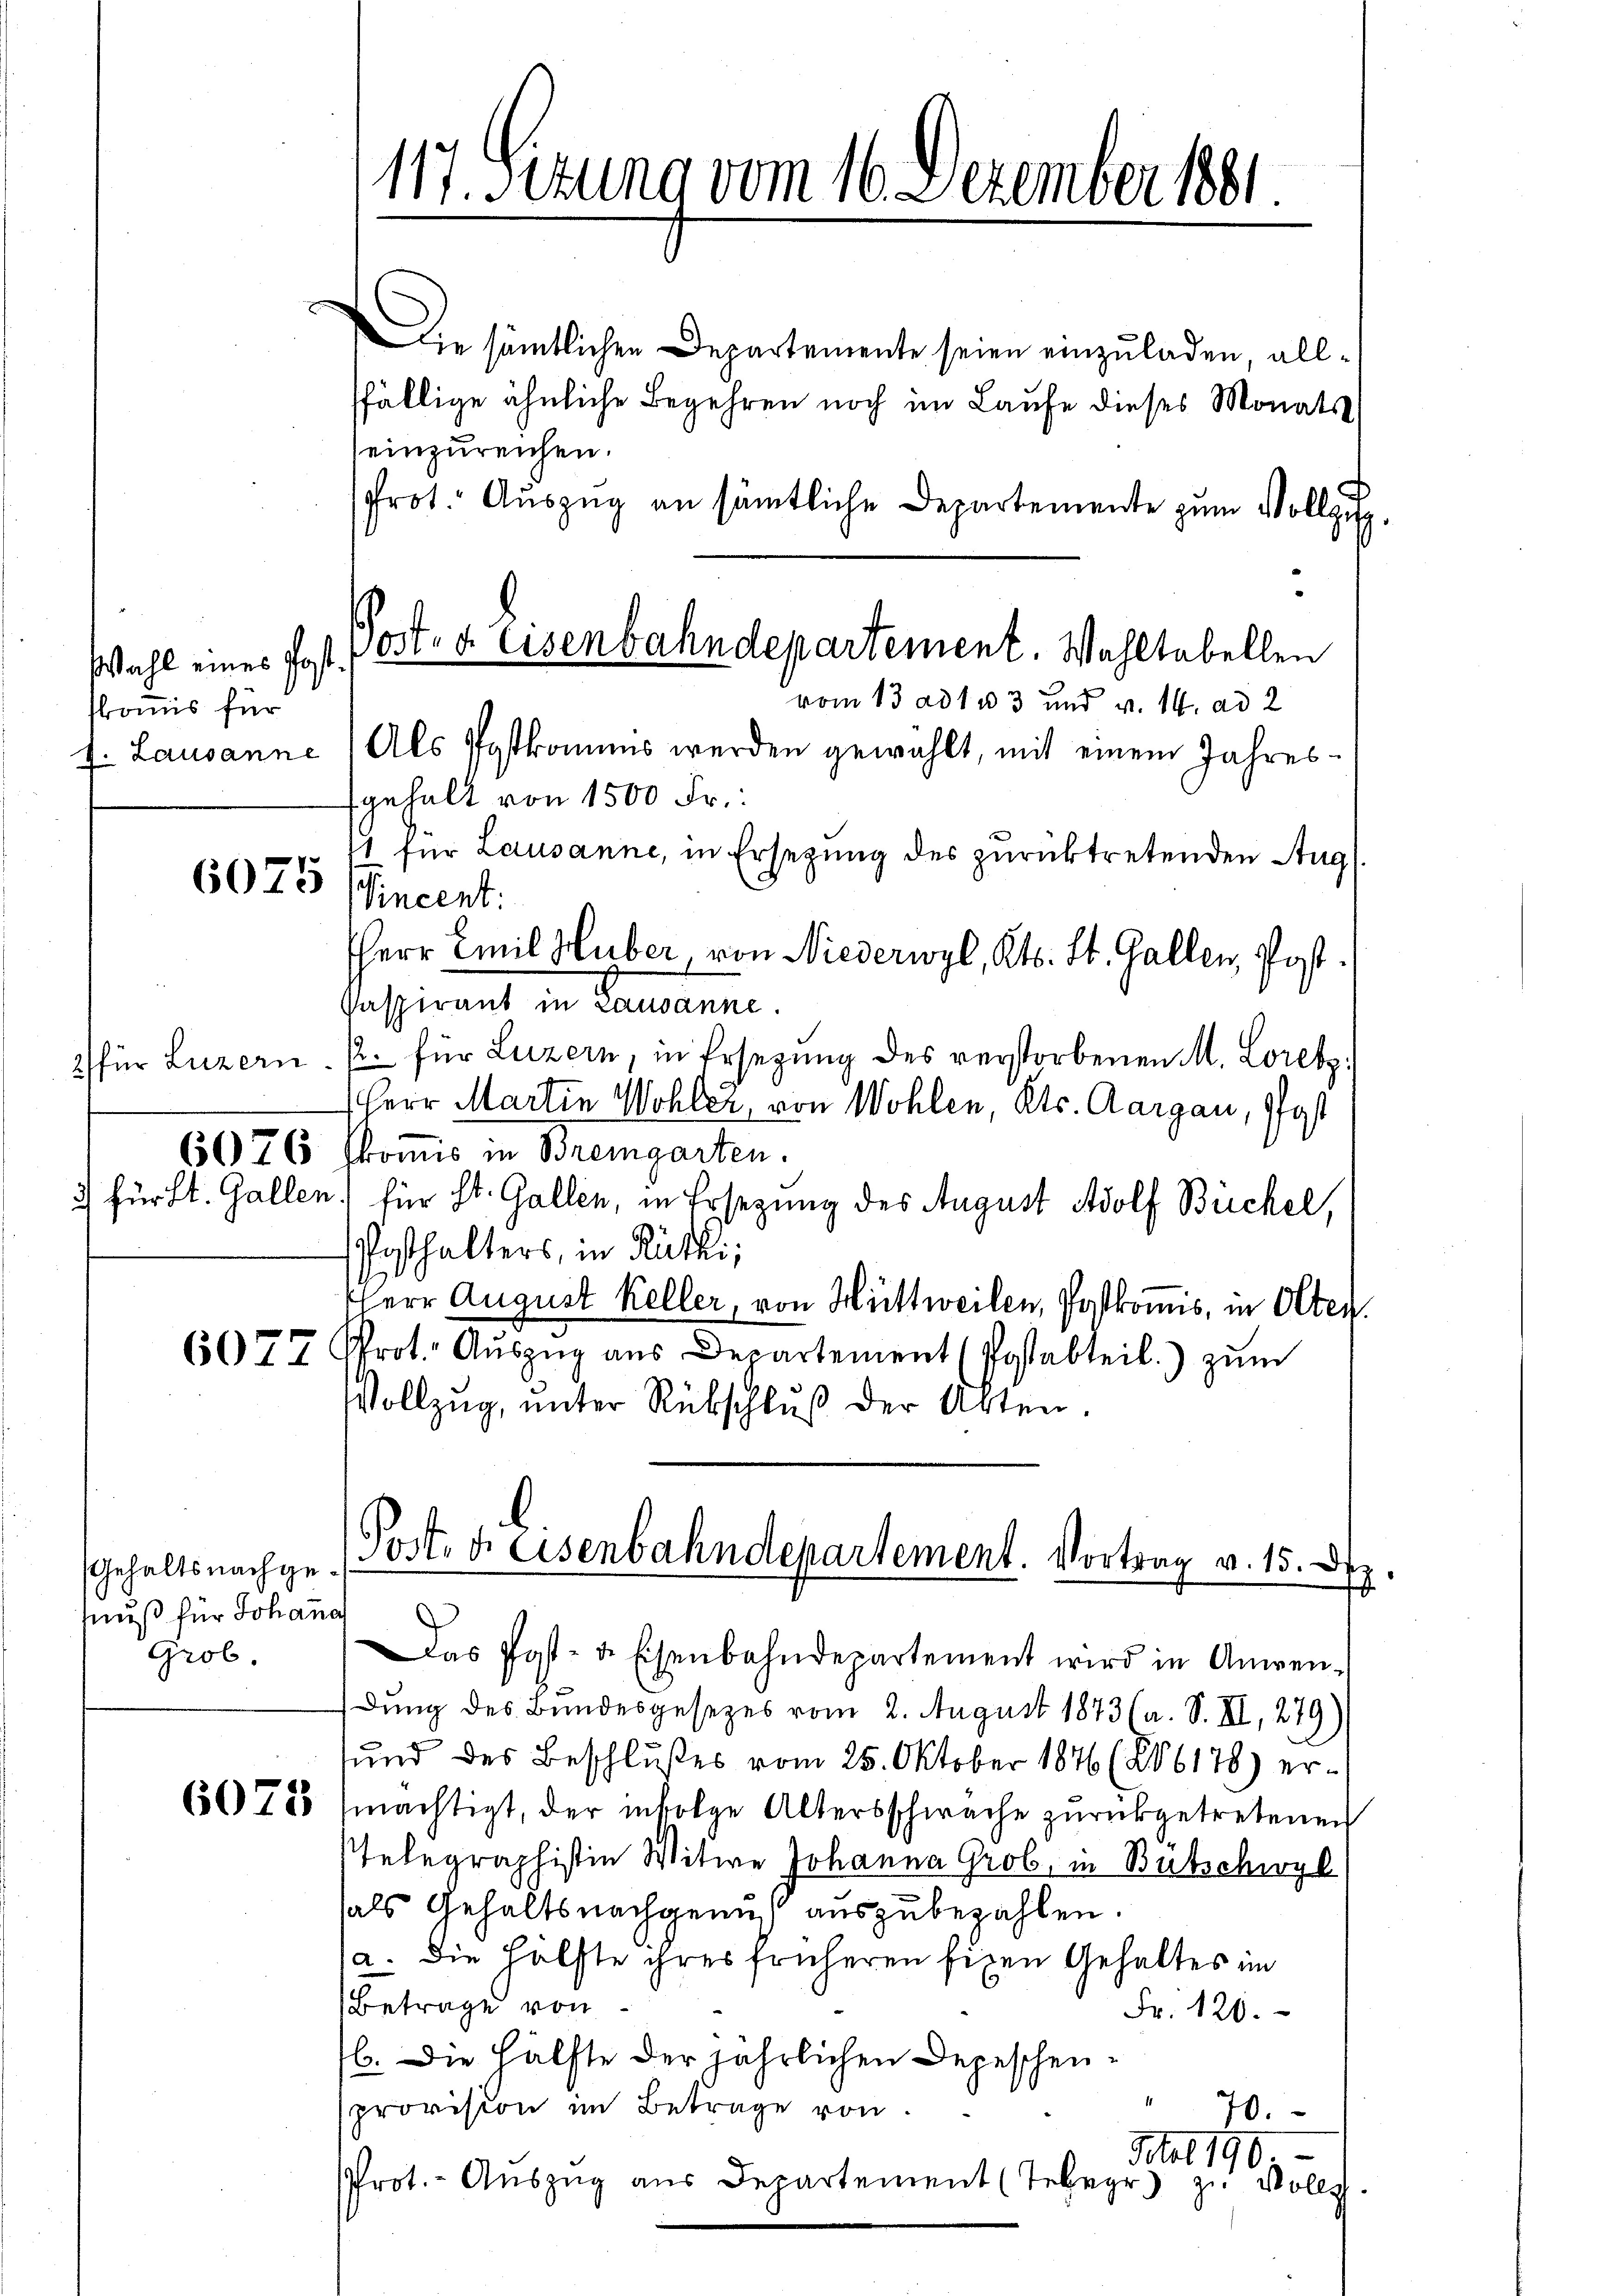
Wahl eines Post.
skommis für

6075

ie sämtlichen Departemente seien einzuladen, allffällige ähnliche Begehren noch im Laufe dieses Monats
einzureichen.
Prot. Auszug an sämtliche Departemente zum Vollzug
f. Lausanne) Als Postkommes werden gewählt, mit einem Jahres-
fgehalt von 1500 Fr.:
1 für Lausanne, in Ersezung des zurücktretenden Aug
Vincent:
HHerr Emil Huber, von Niederwyl, Kts. St. Gallen, Post.
passiramt in Bernenne.
2) für Luzern. Er für Luzern, in Ersetzŭng des verstorbenen M. Loretz
Herr Martin Wohler, von Wohlen, Kts. Aargau, Pfost
6076 Jkomis in Bremgarten.
) für St. Gallen) für St. Gallen, in Ersezung des August Adolf Büchel,
Posthalters, in Rütti,
HHerr August Keller, von Hüttweilen, Postkomis, in Olten.
Prot. Auszug aus Departement (Postabteil) zum
6077
Vollzŭg, ŭnter Rückschlŭβ der Arten.

Gehaltsnachgemuß für Johann
Grob.

117. Sizung vom 16. Dezember 1881

Post- u. Eisenbahndepartement. Wahltabellen
vom 13. ad 133 und v. 14. ad 2

Post d. Eisenbahndepartement. Vortrag v. 15. Dez

as Post- u. Eisenbahndepartement wird in Anwen-
dung des Bundesgesezes vom 2. August 1873 (a. S. II, 279)
sund des Beschlußes vom 25. Oktober 1876 (206176) er¬
66 755 (mächtigt, der infolge Altersschwäche zurückgetretenen
Telegraphistin Witwe Johanna Grob, in Bütschwyl
hals Gehaltsnachgenuß auszubezahlen
a. Die Hälfte ihres früheren fixen Gehaltes im
Betrage von
Fr. 120.
16. Die Hälfte der jährlichen Depeschenprovision im Betrage von
70.
Mot 190.
Prot.- Aŭszŭg aŭs Departement (Teber zu Vollz